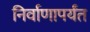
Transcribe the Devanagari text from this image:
निर्वाणापर्यंत